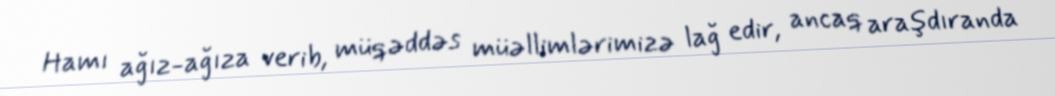
Hamı ağız-ağıza verib, müqəddəs müəllimlərimizə lağ edir, ancaq araşdıranda